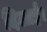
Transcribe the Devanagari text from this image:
दिलाईं।